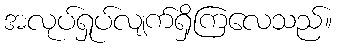
အလုပ်ရှုပ်လျက်ရှိကြလေသည်။